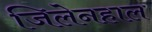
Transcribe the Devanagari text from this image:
जिलेनहाल